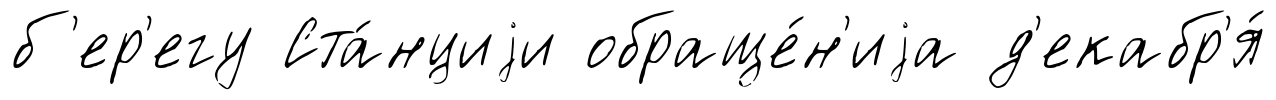
б'ер'егу Ста́нциjи обраще́н'иjа д'екабр'я́